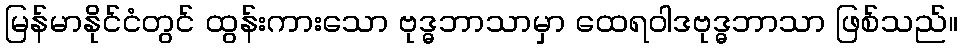
မြန်မာနိုင်ငံတွင် ထွန်းကားသော ဗုဒ္ဓဘာသာမှာ ထေရဝါဒဗုဒ္ဓဘာသာ ဖြစ်သည်။